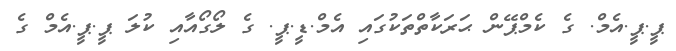
ޕީ.ޕީ.އެމް. ގެ ކެމްޕޭން ޙަރަކާތްތަކުގައި އެމް.ޑީ.ޕީ. ގެ ލޯގޯއާއި ކުލަ ޕީ.ޕީ.އެމް ގެ